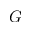
G